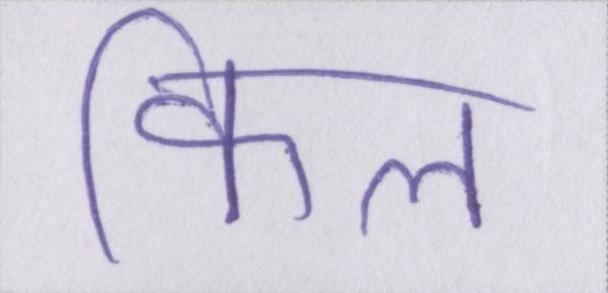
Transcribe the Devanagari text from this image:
किल